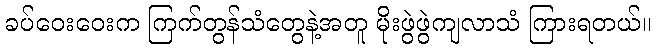
ခပ်ဝေးဝေးက ကြက်တွန်သံတွေနဲ့အတူ မိုးဖွဲဖွဲကျလာသံ ကြားရတယ်။